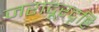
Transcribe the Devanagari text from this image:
जरादूरदृष्टि